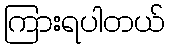
ကြားရပါတယ်